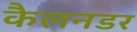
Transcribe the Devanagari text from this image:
कैलनडर